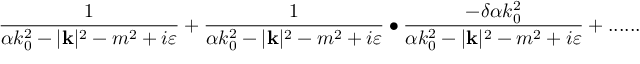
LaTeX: \frac { 1 } { \alpha k _ { 0 } ^ { 2 } - | \mathbf { k } | ^ { 2 } - m ^ { 2 } + i \varepsilon } + \frac { 1 } { \alpha k _ { 0 } ^ { 2 } - | \mathbf { k } | ^ { 2 } - m ^ { 2 } + i \varepsilon } \bullet \frac { - \delta \alpha k _ { 0 } ^ { 2 } } { \alpha k _ { 0 } ^ { 2 } - | \mathbf { k } | ^ { 2 } - m ^ { 2 } + i \varepsilon } + . . . . . .